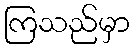
ကြသည်မှာ